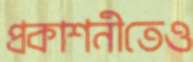
প্রকাশনীতেও